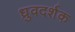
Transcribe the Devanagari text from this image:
ध्रुवदर्शक